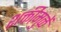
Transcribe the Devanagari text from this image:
शक्तीमुळें